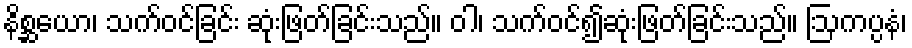
နိစ္ဆယော၊ သက်ဝင်ခြင်း ဆုံးဖြတ်ခြင်းသည်။ ဝါ၊ သက်ဝင်၍ဆုံးဖြတ်ခြင်းသည်။ ဩကပ္ပနံ၊